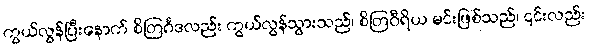
ကွယ်လွန်ပြီးနောက် စိတြင်္ဂဒလည်း ကွယ်လွန်သွားသည်၊ စိတြဝီရိယ မင်းဖြစ်သည်၊ ၎င်းလည်း